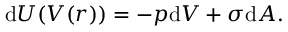
\mathrm { d } U ( V ( r ) ) = - p \mathrm { d } V + \sigma \mathrm { d } A .